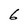
Character: 6